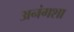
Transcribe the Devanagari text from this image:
अनंगशा